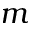
m